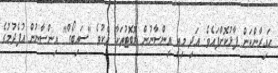
ހައިރާންކަން ފާޅުކޮށްފައެވެ. އަދި މިއީ އިންސާނުން ރޮބޮޓުތަކާ އެކުވެ "ސައިބޯގް" އިންސާނުން އުފެދުމުގެ